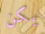
يكن